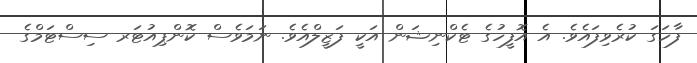
ފާހަގަ ކުރެވިފައެވެ. އެ އޮފީހުގެ ޓެކްނިޝަން އަކީ ފަޒީލްއެވެ. ނަމަވެސް ކޮންޕިއުޓަރ ސިސްޓަމްގެ